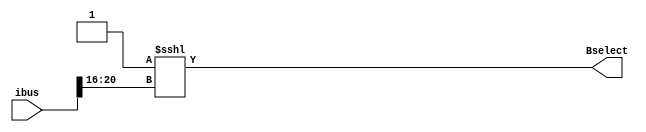
`timescale 1ns / 1ps
//////////////////////////////////////////////////////////////////////////////////
// Sam Bolduc and Aryan Mehrotra
// 
// Module Name: RT Decoder
// Project Name: Assignment 4
//////////////////////////////////////////////////////////////////////////////////


module rt_decoder(ibus, Bselect);
    input[31:0] ibus;
    output[31:0] Bselect;
    
    wire[4:0] rt_val = ibus[20:16];
    integer rt_int;
    
    always@(rt_val) begin
        rt_int = rt_val;
    end
        
    assign Bselect = 32'b1 <<< rt_int;  
    
endmodule